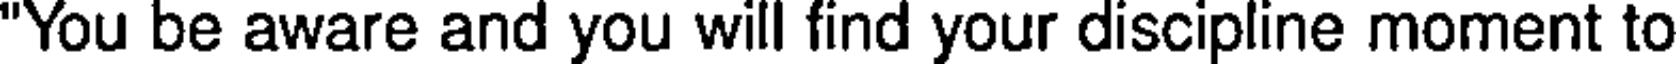
"You be aware and you will find your discipline moment to